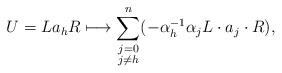
LaTeX: \begin{align*}U = La_hR \longmapsto \sum\limits_{\substack{j = 0 \\ j\neq h}}^{n} (-\alpha_{h}^{-1} \alpha_{j}L\cdot a_{j}\cdot R),\end{align*}